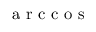
\mathrm { ~ a ~ r ~ c ~ c ~ o ~ s ~ }